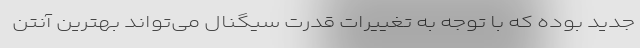
جدید بوده که با توجه به تغییرات قدرت سیگنال می‌تواند بهترین آنتن‌